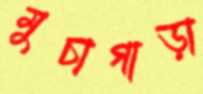
মুচাগাড়া